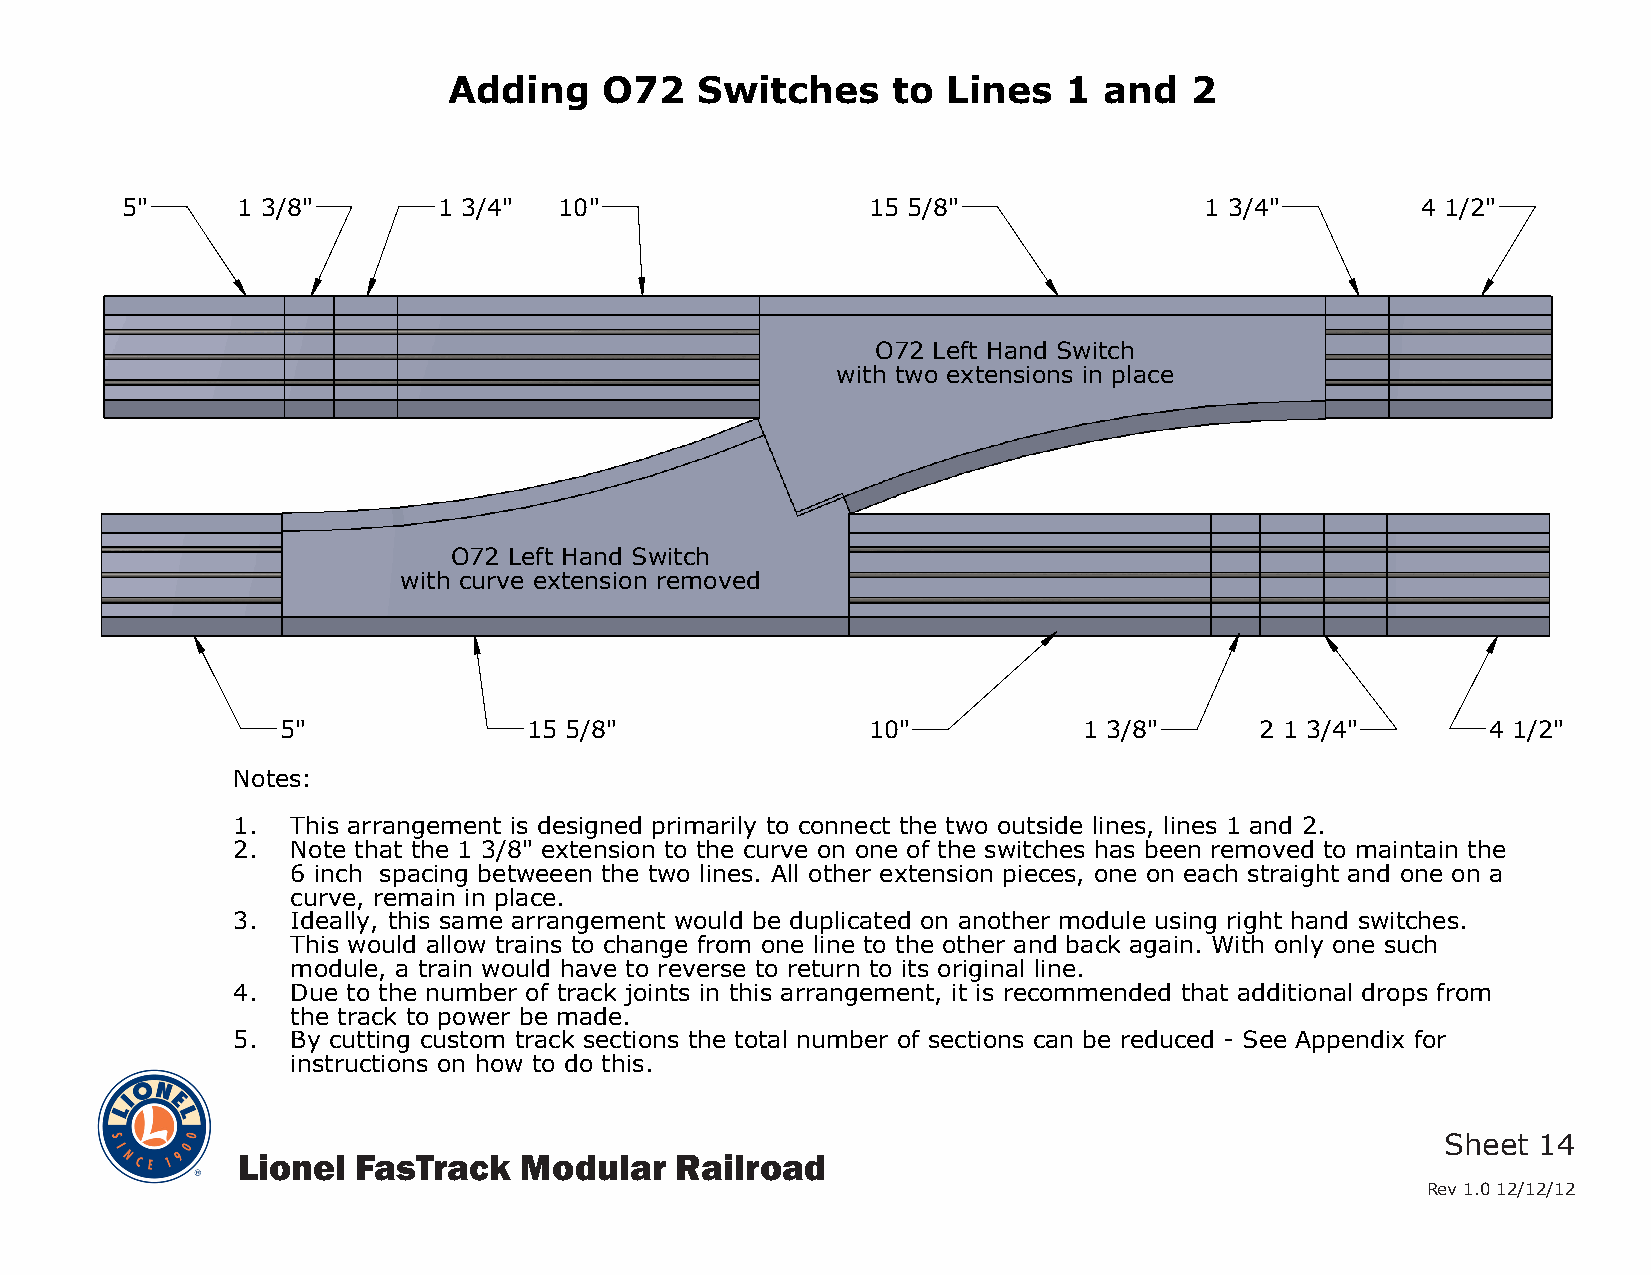
Adding    O72   Switches     to  Lines  1  and   2
 5"      1 3/8"       1 3/4"  10"                 15 5/8"                1 3/4"        4 1/2"
 O72 Left Hand Switch
 with two extensions in place
 O72 Left Hand Switch
 with curve extension removed
 5"              15 5/8"               10"            1 3/8"     2 1 3/4"        4 1/2"
 Notes:
 1.  This arrangement is designed primarily to connect the two outside lines, lines 1 and 2.
 2.  Note that the 1 3/8" extension to the curve on one of the switches has been removed to maintain the
 6 inch spacing betweeen the two lines. All other extension pieces, one on each straight and one on a
 curve, remain in place.
 3.  Ideally, this same arrangement would be duplicated on another module using right hand switches.
 This would allow trains to change from one line to the other and back again. With only one such
 module, a train would have to reverse to return to its original line.
 4.  Due to the number of track joints in this arrangement, it is recommended that additional drops from
 the track to power be made.
 5.  By cutting custom track sections the total number of sections can be reduced - See Appendix for
 instructions on how to do this.
 Sheet 14
 Lionel  FasTrack  Modular    Railroad
 Rev 1.0 12/12/12